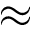
\approx